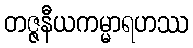
တဇ္ဇနီယကမ္မာရဟဿ